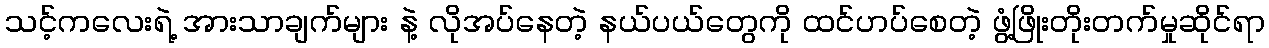
သင့်ကလေးရဲ့ အားသာချက်များ နဲ့ လိုအပ်နေတဲ့ နယ်ပယ်တွေကို ထင်ဟပ်စေတဲ့ ဖွံ့ဖြိုးတိုးတက်မှုဆိုင်ရာ